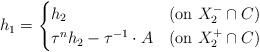
LaTeX: \begin{align*}h_1=\begin{cases} h_2 & ({\rm on}\ X^-_2\cap C) \\ \tau^{n}h_2-\tau^{-1}\cdot A & ({\rm on}\ X^+_2\cap C) \end{cases}\end{align*}